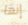
إنها